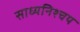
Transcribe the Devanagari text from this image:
साध्यनिश्चय